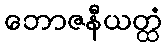
ဘောဇနီယတ္ထံ